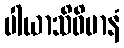
ပါယာသိဝိမာနံ